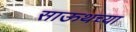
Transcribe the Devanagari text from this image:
साऊथच्या